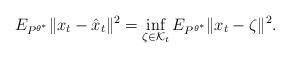
LaTeX: \begin{align*}E_{P^{\theta^{\ast}}}\Vert{x}_{t}-\hat{x}_{t}\Vert^{2}=\inf_{\zeta\in\mathcal{K}_{t}}E_{P^{\theta^{\ast}}}\Vert{x}_{t}-\zeta\Vert^{2}.\end{align*}